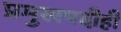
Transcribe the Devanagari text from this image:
प्रमुखपदीही